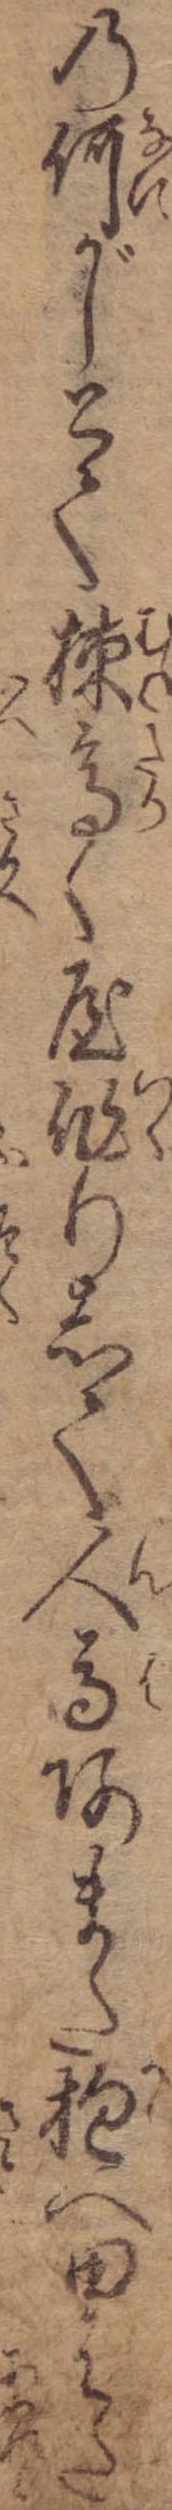
の何がしとて棟高く屋作りして人馬あまた抱へ田はた